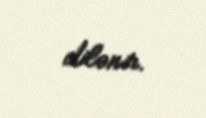
dilənir.